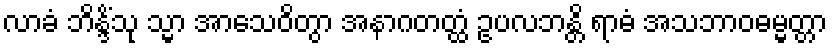
လာခံ ဘိန္ဒိံသု သ္မာ အာသေဝိတွာ အနာဂတတ္ထံ ဥပလဘန္တိ ရာဓံ အသဘာဝဓမ္မတ္တာ